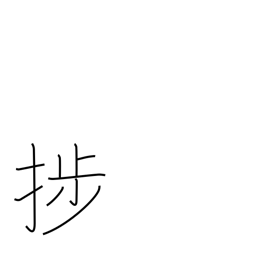
Meaning: make progress